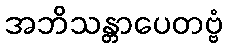
အဘိသန္တာပေတဗ္ဗံ